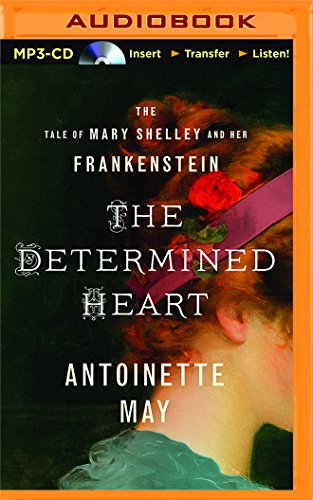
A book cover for The Determined Heart: The Tale of Mary Shelley and Her Frankenstein; Antoinette May; Literature & Fiction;